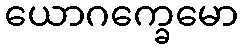
ယောဂက္ခေမော